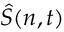
\hat { S } ( n , t )